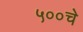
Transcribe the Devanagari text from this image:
५००चे